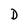
Character: D